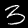
Digit: 3